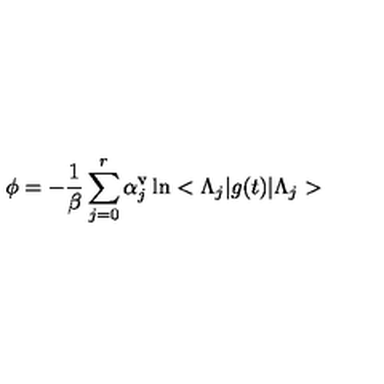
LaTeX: \phi = - \frac { 1 } { \beta } \sum _ { j = 0 } ^ { r } \alpha _ { j } ^ { \mathrm { v } } \ln < \Lambda _ { j } | g ( t ) | \Lambda _ { j } >